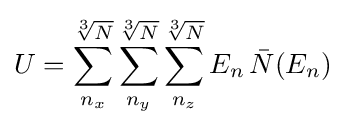
U=\sum _{n_{x}}^{\sqrt[{3}]{N}}\sum _{n_{y}}^{\sqrt[{3}]{N}}\sum _{n_{z}}^{\sqrt[{3}]{N}}E_{n}\,{\bar {N}}(E_{n})